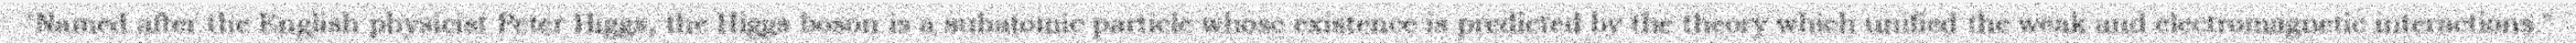
"Named after the English physicist Peter Higgs, the Higgs boson is a subatomic particle whose existence is predicted by the theory which unified the weak and electromagnetic interactions."